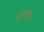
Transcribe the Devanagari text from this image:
कुमांर्क